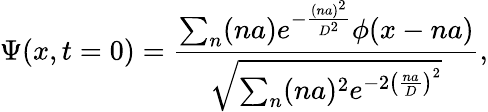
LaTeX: \Psi(x,t=0)=\frac{\sum_{n}(na)e^{-\frac{(na)^{2}}{D^{2}}}\phi(x-na)}{\sqrt{\sum_{n}(na)^{2}e^{-2\left(\frac{na}{D}\right)^{2}}}},